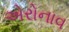
એરોનાવ